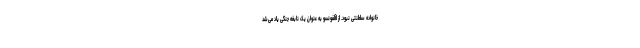
خانواده سلطنتی نبود. از اآلفونسو به عنوان یک نابغه جنگی یاد می‌شد